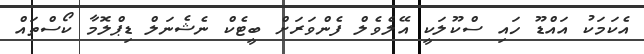
އެކަމަކު އައްޑޫ ހައި ސްކޫލަކީ އޭލެވެލް ފެންވަރަށް ބީޓެކް ނެޝެނަލް ޑިޕްލޮމާ ކޯސްތައް